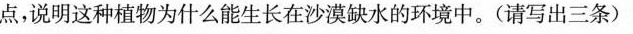
点，说明这种植物为什么能生长在沙漠缺水的环境中。(请写出三条)